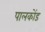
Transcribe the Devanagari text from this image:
पालकोंड